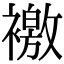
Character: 𧝳